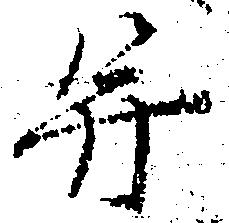
并